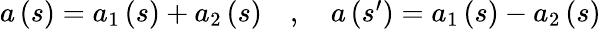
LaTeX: \begin{array}{r}{a\left(s\right)=a_{1}\left(s\right)+a_{2}\left(s\right)\quad,\quad a\left(s^{\prime}\right)=a_{1}\left(s\right)-a_{2}\left(s\right)}\end{array}